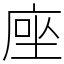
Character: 𫝶